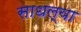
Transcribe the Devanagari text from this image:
साधल्या